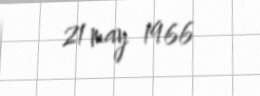
21 may 1966